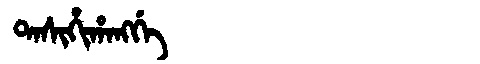
Manchu: ᡨᠠᠰᡳᡥᡳᡥᠠᠩᡤᡝ
Romanization: TASIHIHANGGE